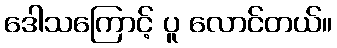
ဒေါသကြောင့် ပူ လောင်တယ်။